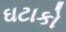
ઘટાકો